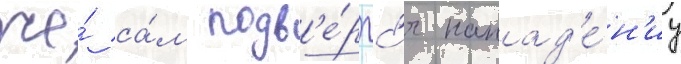
же́ са́м подв'е́ргс'я напад'е́н'иу